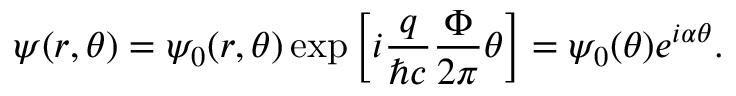
\psi ( r , \theta ) = \psi _ { 0 } ( r , \theta ) \exp \left[ i { \frac { q } { \hbar c } } { \frac { \Phi } { 2 \pi } } \theta \right] = \psi _ { 0 } ( \theta ) e ^ { i \alpha \theta } .